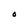
Character: O